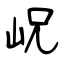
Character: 岲